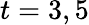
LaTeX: t=3,5